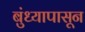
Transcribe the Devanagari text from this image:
बुंध्यापासून